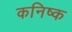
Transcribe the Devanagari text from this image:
कनिष्‍क